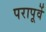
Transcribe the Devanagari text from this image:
परापूर्वे